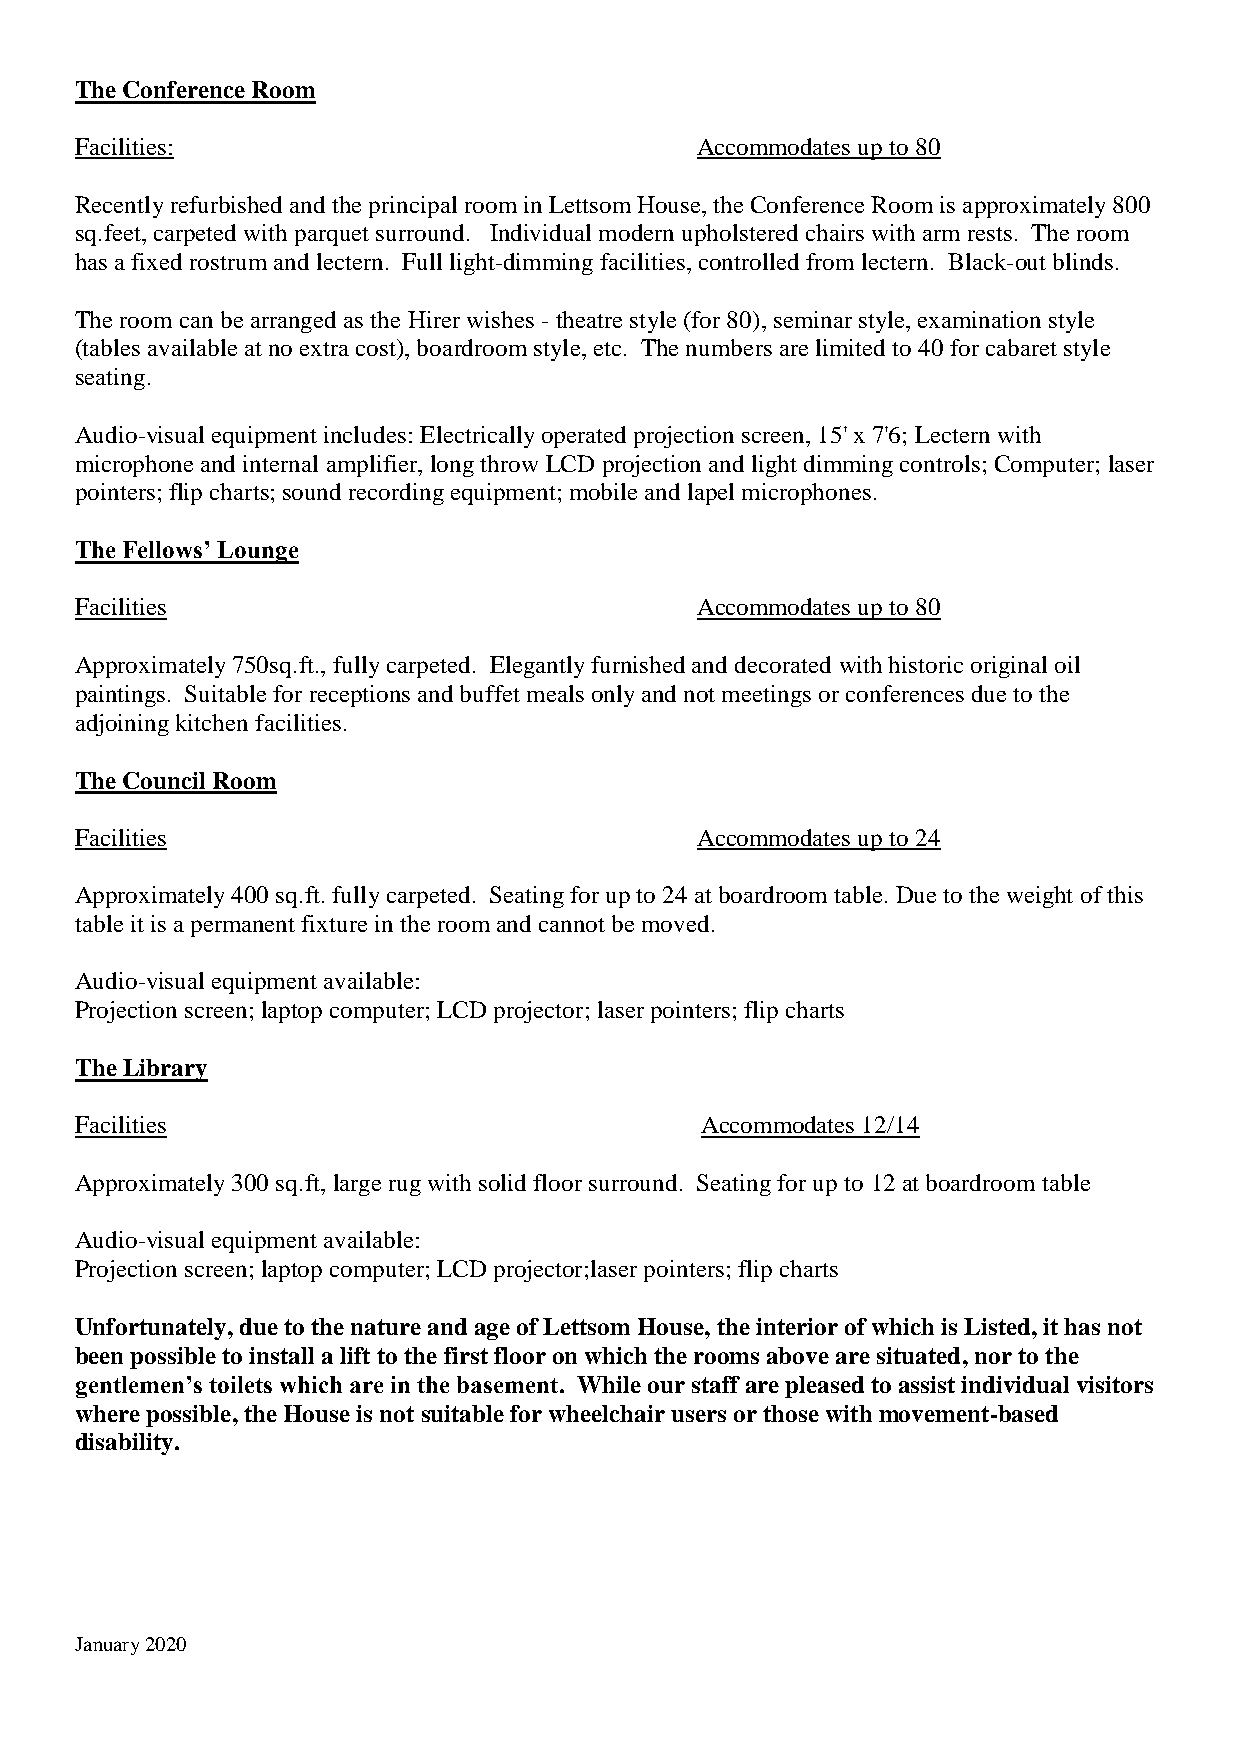
The Conference Room
 Facilities:                              Accommodates up to 80
 Recently refurbished and the principal room in Lettsom House, the Conference Room is approximately 800
 sq.feet, carpeted with parquet surround. Individual modern upholstered chairs with arm rests. The room
 has a fixed rostrum and lectern. Full light-dimming facilities, controlled from lectern. Black-out blinds.
 The room can be arranged as the Hirer wishes - theatre style (for 80), seminar style, examination style
 (tables available at no extra cost), boardroom style, etc. The numbers are limited to 40 for cabaret style
 seating.
 Audio-visual equipment includes: Electrically operated projection screen, 15' x 7'6; Lectern with
 microphone and internal amplifier, long throw LCD projection and light dimming controls; Computer; laser
 pointers; flip charts; sound recording equipment; mobile and lapel microphones.
 The Fellows’ Lounge
 Facilities                               Accommodates up to 80
 Approximately 750sq.ft., fully carpeted. Elegantly furnished and decorated with historic original oil
 paintings. Suitable for receptions and buffet meals only and not meetings or conferences due to the
 adjoining kitchen facilities.
 The Council Room
 Facilities                               Accommodates up to 24
 Approximately 400 sq.ft. fully carpeted. Seating for up to 24 at boardroom table. Due to the weight of this
 table it is a permanent fixture in the room and cannot be moved.
 Audio-visual equipment available:
 Projection screen; laptop computer; LCD projector; laser pointers; flip charts
 The Library
 Facilities                               Accommodates 12/14
 Approximately 300 sq.ft, large rug with solid floor surround. Seating for up to 12 at boardroom table
 Audio-visual equipment available:
 Projection screen; laptop computer; LCD projector;laser pointers; flip charts
 Unfortunately, due to the nature and age of Lettsom House, the interior of which is Listed, it has not
 been possible to install a lift to the first floor on which the rooms above are situated, nor to the
 gentlemen’s toilets which are in the basement. While our staff are pleased to assist individual visitors
 where possible, the House is not suitable for wheelchair users or those with movement-based
 disability.
 January 2020